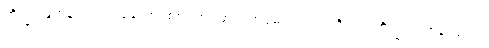
ဘိက္ခု၊ ရဟန်းသည်။ ခေါ၊ စင်စစ်။ အပ္ပမာဒံ၊ အပ္ပမာဒတရားကို။ ပ။ ဘိက္ခု၊ ရဟန်းသည်။